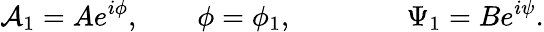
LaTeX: {\cal A}_{1}=Ae^{i\phi},\qquad\phi=\phi_{1},\qquad\qquad\Psi_{1}=Be^{i\psi}.